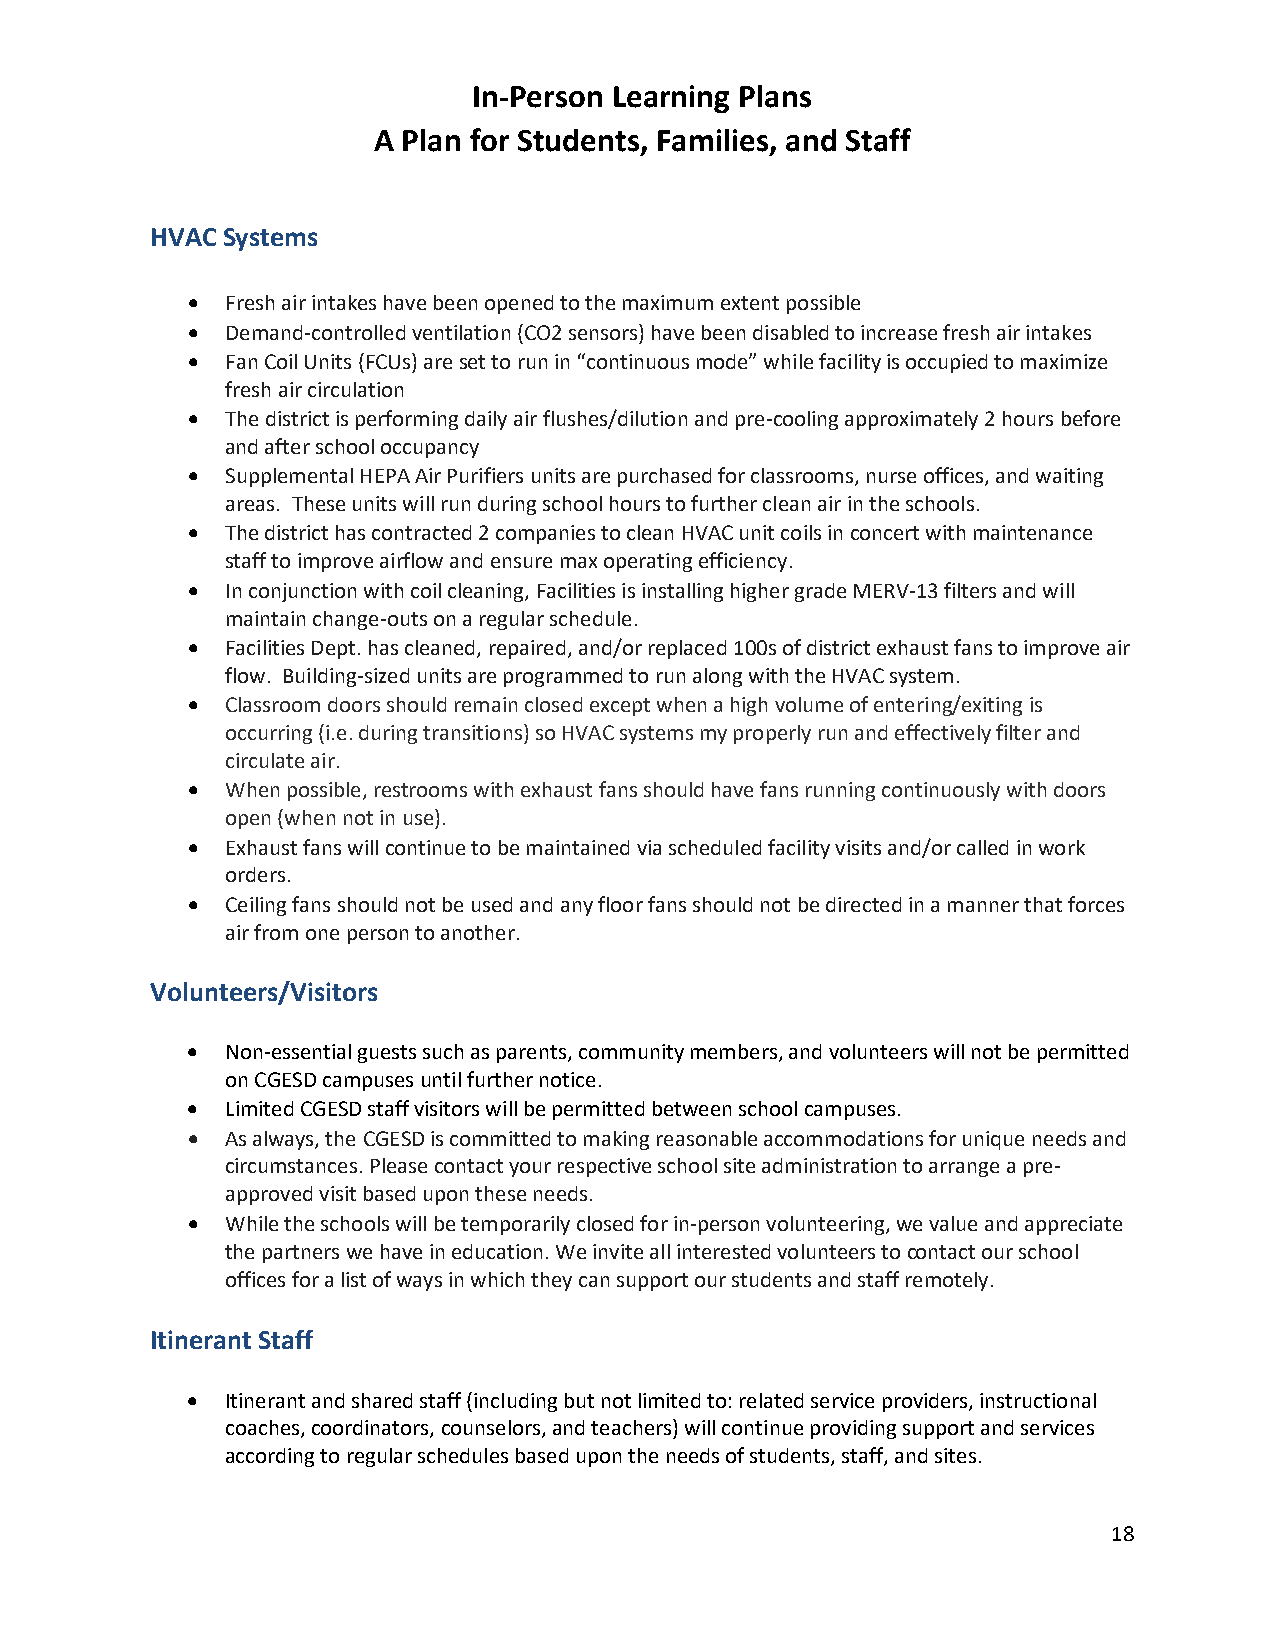
In-Person Learning Plans
 A Plan for Students, Families, and Staff
 HVAC Systems
 •  Fresh air intakes have been opened to the maximum extent possible
 •  Demand-controlled ventilation (CO2 sensors) have been disabled to increase fresh air intakes
 •  Fan Coil Units (FCUs) are set to run in “continuous mode” while facility is occupied to maximize
 fresh air circulation
 •  The district is performing daily air flushes/dilution and pre-cooling approximately 2 hours before
 and after school occupancy
 •  Supplemental HEPA Air Purifiers units are purchased for classrooms, nurse offices, and waiting
 areas. These units will run during school hours to further clean air in the schools.
 •  The district has contracted 2 companies to clean HVAC unit coils in concert with maintenance
 staff to improve airflow and ensure max operating efficiency.
 •  In conjunction with coil cleaning, Facilities is installing higher grade MERV-13 filters and will
 maintain change-outs on a regular schedule.
 •  Facilities Dept. has cleaned, repaired, and/or replaced 100s of district exhaust fans to improve air
 flow. Building-sized units are programmed to run along with the HVAC system.
 •  Classroom doors should remain closed except when a high volume of entering/exiting is
 occurring (i.e. during transitions) so HVAC systems my properly run and effectively filter and
 circulate air.
 •  When possible, restrooms with exhaust fans should have fans running continuously with doors
 open (when not in use).
 •  Exhaust fans will continue to be maintained via scheduled facility visits and/or called in work
 orders.
 •  Ceiling fans should not be used and any floor fans should not be directed in a manner that forces
 air from one person to another.
 Volunteers/Visitors
 •  Non-essential guests such as parents, community members, and volunteers will not be permitted
 on CGESD campuses until further notice.
 •  Limited CGESD staff visitors will be permitted between school campuses.
 •  As always, the CGESD is committed to making reasonable accommodations for unique needs and
 circumstances. Please contact your respective school site administration to arrange a pre-
 approved visit based upon these needs.
 •  While the schools will be temporarily closed for in-person volunteering, we value and appreciate
 the partners we have in education. We invite all interested volunteers to contact our school
 offices for a list of ways in which they can support our students and staff remotely.
 Itinerant Staff
 •  Itinerant and shared staff (including but not limited to: related service providers, instructional
 coaches, coordinators, counselors, and teachers) will continue providing support and services
 according to regular schedules based upon the needs of students, staff, and sites.
 18